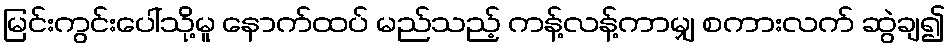
မြင်းကွင်းပေါ်သို့မူ နောက်ထပ် မည်သည့် ကန့်လန့်ကာမျှ စကားလက် ဆွဲချ၍